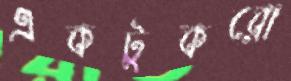
একটুকরো